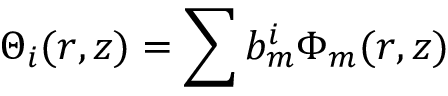
{ \Theta _ { i } ( r , z ) = \sum _ { } ^ { } { b _ { m } ^ { i } \Phi _ { m } ( r , z ) } }